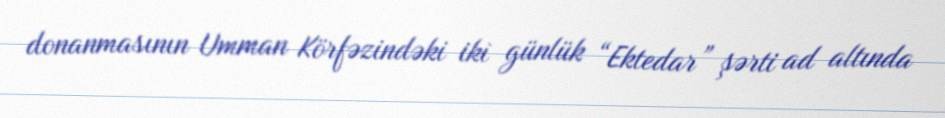
donanmasının Umman Körfəzindəki iki günlük “Ektedar” şərti ad altında